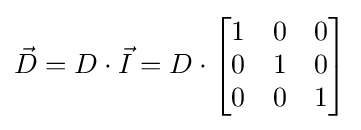
{\vec {D}}=D\cdot {\vec {I}}=D\cdot {\begin{bmatrix}1&0&0\\0&1&0\\0&0&1\end{bmatrix}}